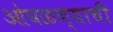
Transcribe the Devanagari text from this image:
ओघळण्याची